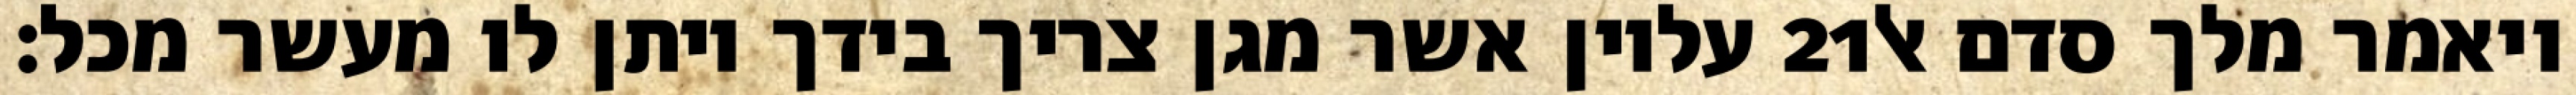
עליון אשר מגן צריך בידך ויתן לו מעשר מכל׃ ‎21‏ ויאמר מלך סדם אל